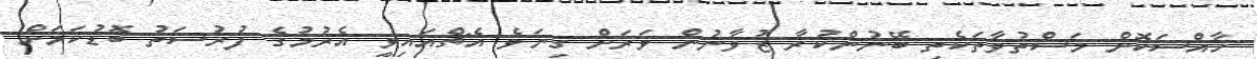
ހާއްސަކޮށް މަސްތުވާތަކެތި ބޭނުންކުރާ ޒުވާނުން ވަރަށް ގިނަވެ އެޗްއައިވީ އެރުމުގެ ފުރުސަތު ބޮޑުކަމަށް